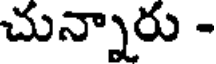
చున్నారు -